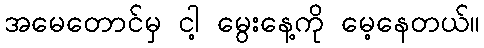
အမေတောင်မှ ငါ့ မွေးနေ့ကို မေ့နေတယ်။